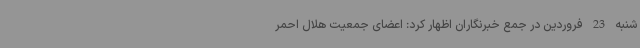
شنبه 23 فروردین در جمع خبرنگاران اظهار کرد: اعضای جمعیت هلال احمر